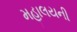
મહાલયની